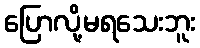
ပြောလို့မရသေးဘူး